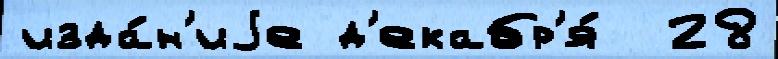
изда́н'иjе д'екабр'я́  28